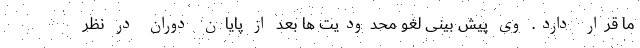
ما قرار دارد. وی پیش بینی لغو محدودیت ها بعد از پایان دوران در نظر